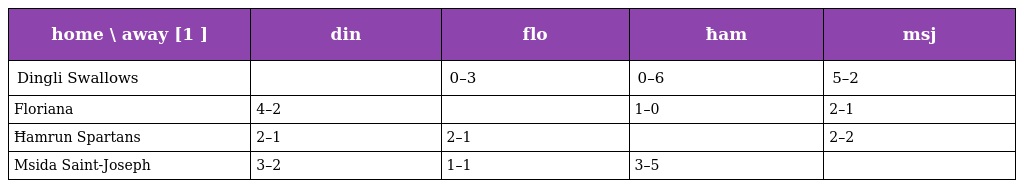
| home \ away [1 ] | din | flo | ħam | msj |
 | --- | --- | --- | --- | --- |
 | Dingli Swallows |  | 0–3 | 0–6 | 5–2 |
 | Floriana | 4–2 |  | 1–0 | 2–1 |
 | Ħamrun Spartans | 2–1 | 2–1 |  | 2–2 |
 | Msida Saint-Joseph | 3–2 | 1–1 | 3–5 |  |